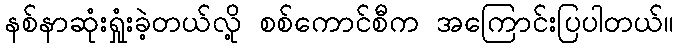
နစ်နာဆုံးရှုံးခဲ့တယ်လို့ စစ်ကောင်စီက အကြောင်းပြပါတယ်။